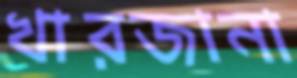
খারজানা